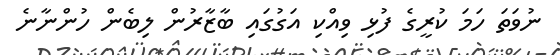
ނުވަތަ ހަމަ ކުރީގެ ފުޅި ވިއްކި އަގުގައި ބާޒާރުން ލިބެން ހުންނާނެ